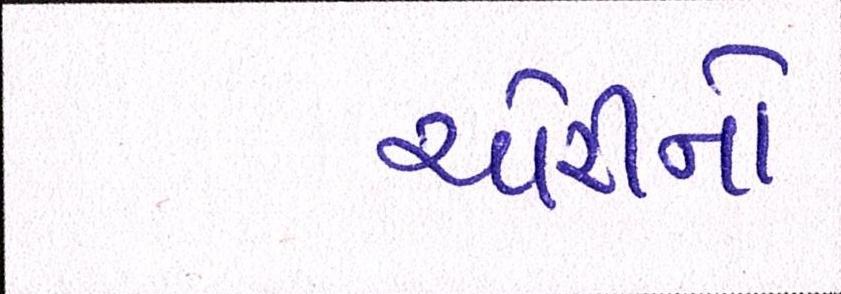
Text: ચોરીનો